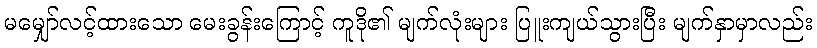
မမျှော်လင့်ထားသော မေးခွန်းကြောင့် ကူဒို၏ မျက်လုံးများ ပြူးကျယ်သွားပြီး မျက်နှာမှာလည်း